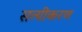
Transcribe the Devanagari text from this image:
सत्यीकरण